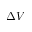
\Delta V